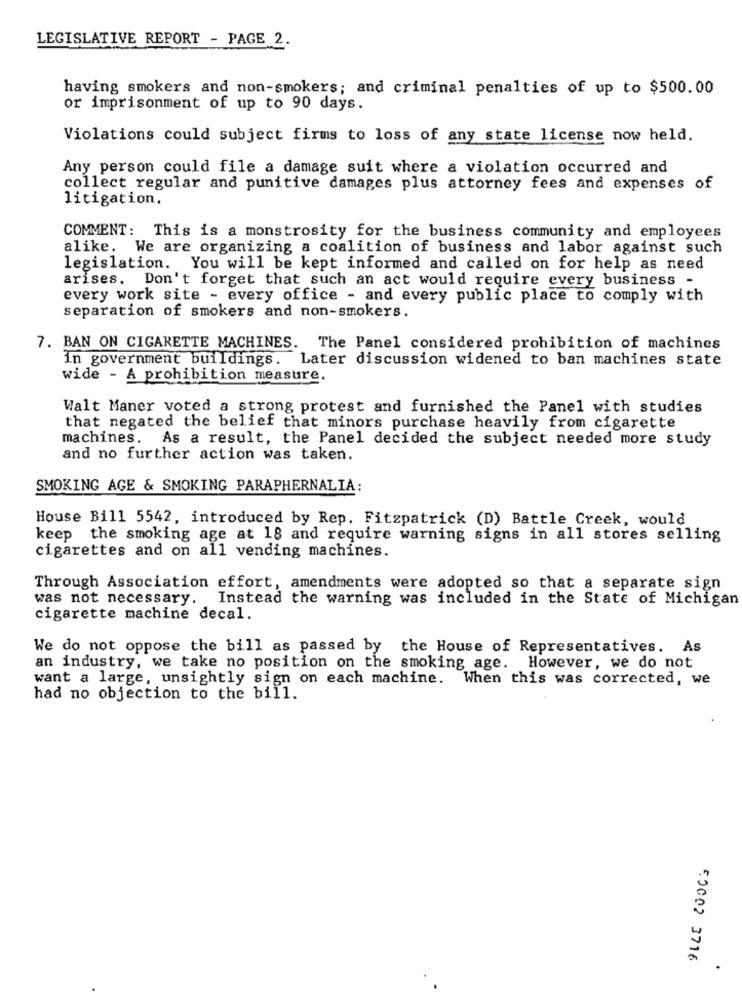
LEGISLATIVE REPORT - PAGE 2.
having smokers and non-smokers; and criminal penalties of up to $500.00
or imprisonment of up to 90 days.
Violations could subject firms to loss of any state license now held.
Any person could file a damage suit where a violation occurred and
collect regular and punitive damages plus attorney fees and expenses of
litigation.
COMMENT: This is a monstrosity for the business community and employees
alike. We are organizing a coalition of business and labor against such
legislation. You will be kept informed and called on for help as need
arises.
Don't forget that such an act would require every business -
every work site - every office - and every public place to comply with
separation of smokers and non-smokers.
7. BAN ON CIGARETTE MACHINES. The Panel considered prohibition of machines
in government buildings. Later discussion widened to ban machines state
wide - A prohibition measure.
Walt Maner voted a strong protest and furnished the Panel with studies
that negated the belief that minors purchase heavily from cigarette
machines. As a result, the Panel decided the subject needed more study
and no further action was taken.
SMOKING AGE & SMOKING PARAPHERNALIA:
House Bill 5542, introduced by Rep. Fitzpatrick (D) Battle Creek, would
keep the smoking age at 18 and require warning signs in all stores selling
cigarettes and on all vending machines.
Through Association effort, amendments were adopted so that a separate sign
was not necessary.
Instead the warning was included in the State of Michigan
cigarette machine decal.
We do not oppose the bill as passed by the House of Representatives. As
an industry, we take no position on the smoking age. However, we do not
want a large, unsightly sign on each machine. When this was corrected, we
had no objection to the bill.
5.0002 3716
.